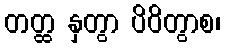
တတ္ထ နှတွာ ပိဝိတွာစ၊